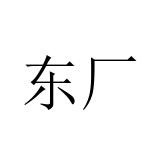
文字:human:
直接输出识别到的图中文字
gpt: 东厂